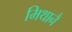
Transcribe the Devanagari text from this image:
मिथानै